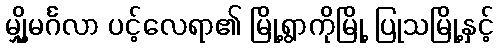
မျှို့မင်္ဂလာ ပင့်လေရာ၏ မြို့ရွာကိုမြို့ ပြုသမြို့နှင့်